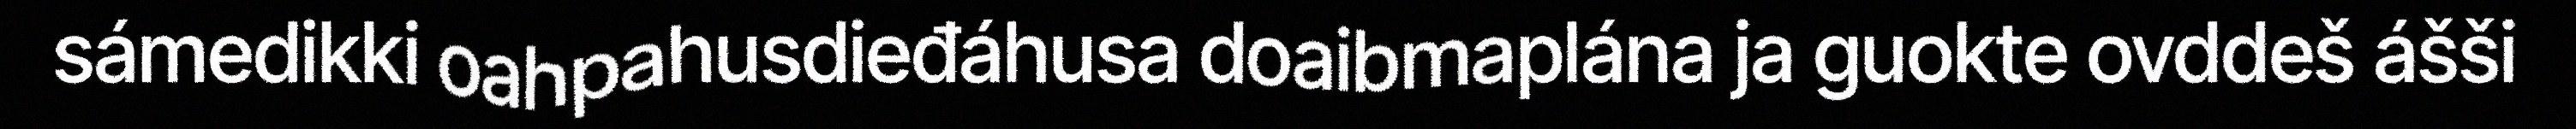
sámedikki oahpahusdieđáhusa doaibmaplána ja guokte ovddeš ášši